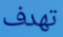
تهدف